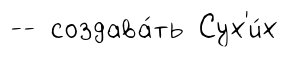
-- создава́ть Сух'и́х